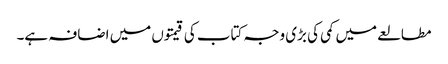
مطالعے میں کمی کی بڑی وجہ کتاب کی قیمتوں میں اضافہ ہے۔